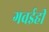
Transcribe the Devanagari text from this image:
गवईही